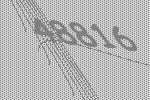
48816